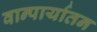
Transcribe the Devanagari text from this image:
वान्पार्यातन